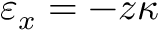
\varepsilon _ { x } = - z \kappa